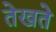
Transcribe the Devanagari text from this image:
तेखते